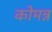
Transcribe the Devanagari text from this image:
कोमन्न